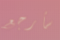
سأرجع